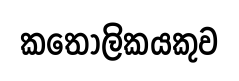
කතෝලිකයකුව